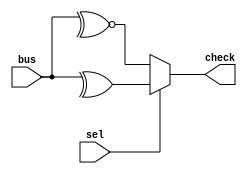
`timescale 1ns/1ns
module odd_sel(
input [31:0] bus,
input sel,
output check
);
//*************code***********//
assign check = (sel) ? ^bus : ~^bus;
//*************code***********//
endmodule